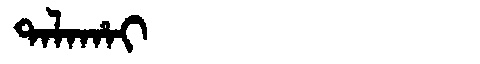
Manchu: ᡨᠠᠯᠠᡥᠠᡳ
Romanization: TALAHAI